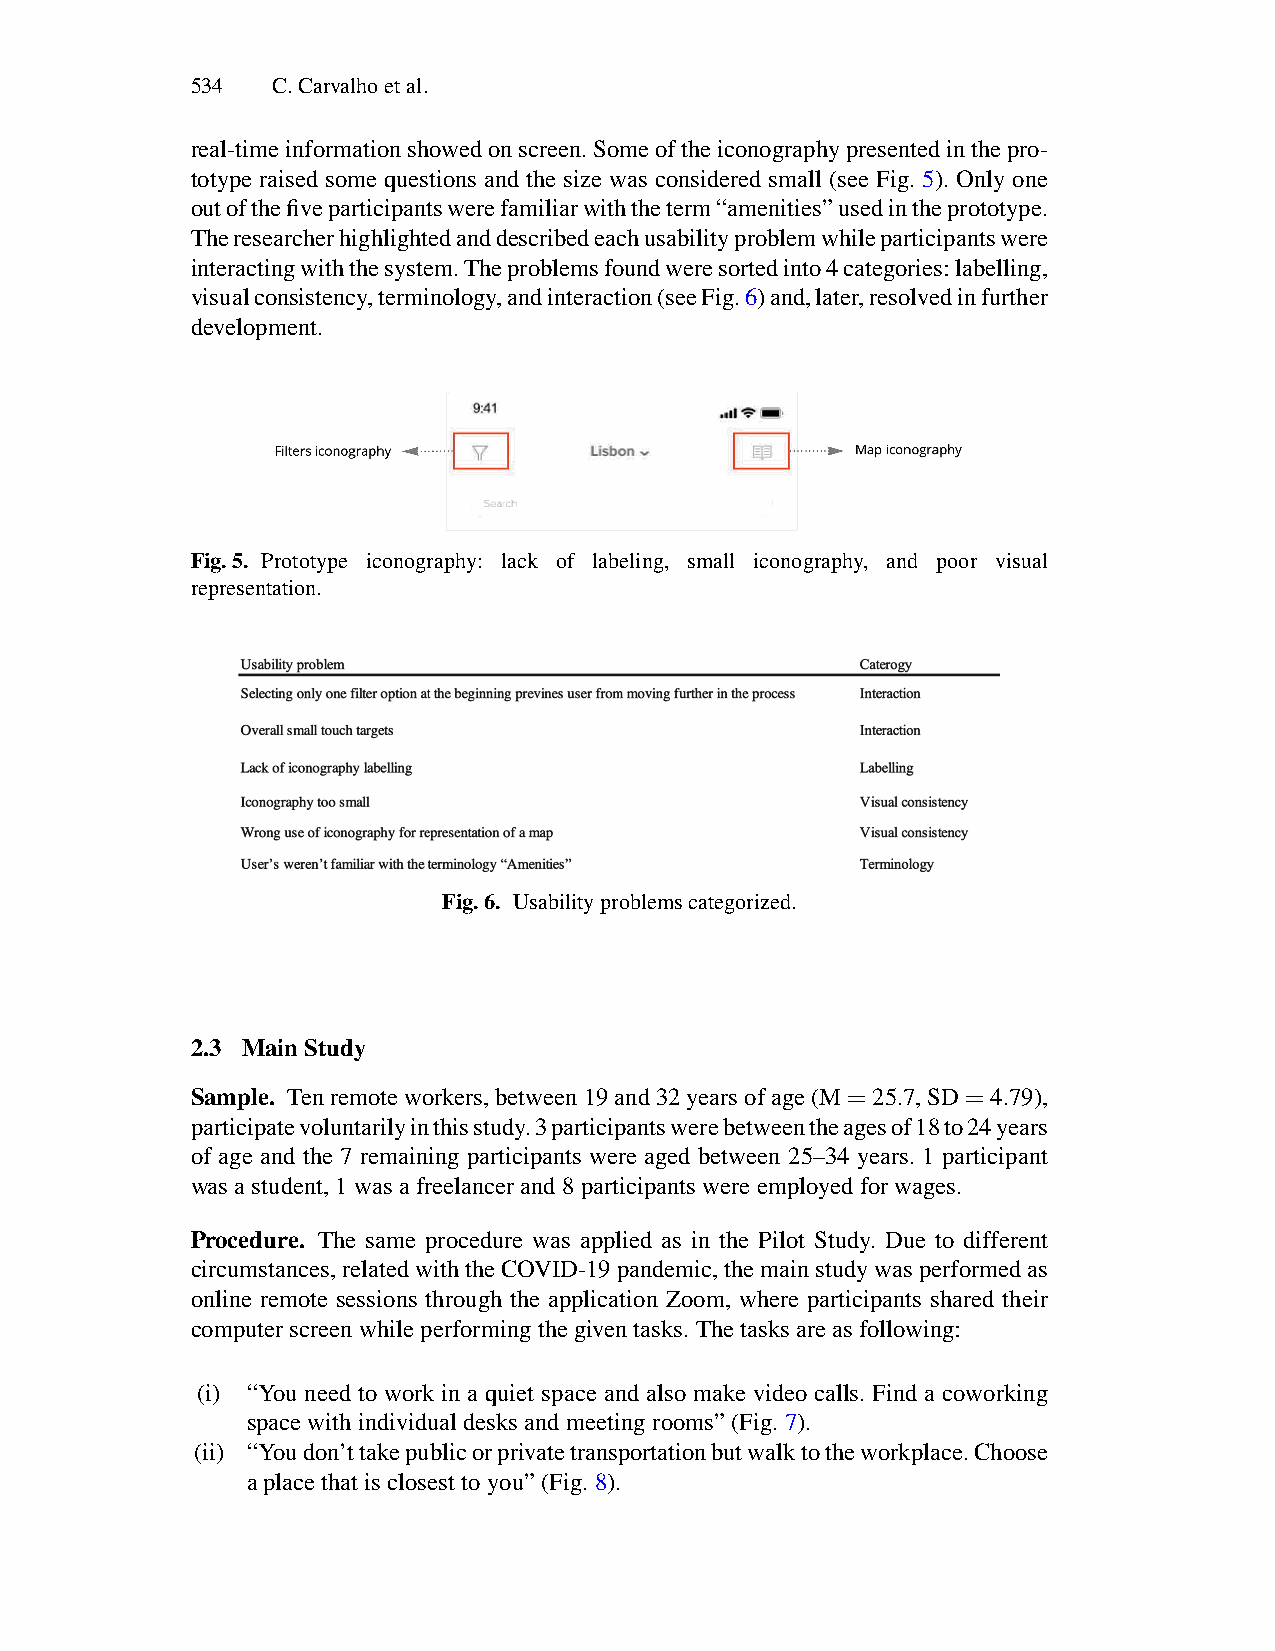
534  C.Carvalhoetal.
 real-timeinformationshowedonscreen.Someoftheiconographypresentedinthepro-
 totype raised some questions and the size was considered small (see Fig. 5). Only one
 outofthefiveparticipantswerefamiliarwiththeterm“amenities”usedintheprototype.
 Theresearcherhighlightedanddescribedeachusabilityproblemwhileparticipantswere
 interactingwiththesystem.Theproblemsfoundweresortedinto4categories:labelling,
 visualconsistency,terminology,andinteraction(seeFig.6)and,later,resolvedinfurther
 development.
 Fig.5. Prototype iconography: lack of labeling, small iconography, and poor visual
 representation.
 Fig.6. Usabilityproblemscategorized.
 2.3 MainStudy
 Sample. Tenremoteworkers,between19and32yearsofage(M=25.7,SD=4.79),
 participatevoluntarilyinthisstudy.3participantswerebetweentheagesof18to24years
 of age and the 7 remaining participants were aged between 25–34 years. 1 participant
 wasastudent,1wasafreelancerand8participantswereemployedforwages.
 Procedure. The same procedure was applied as in the Pilot Study. Due to different
 circumstances,relatedwiththeCOVID-19pandemic,themainstudywasperformedas
 online remote sessions through the application Zoom, where participants shared their
 computerscreenwhileperformingthegiventasks.Thetasksareasfollowing:
 (i) “You need to work in a quiet space and also make video calls. Find a coworking
 spacewithindividualdesksandmeetingrooms”(Fig.7).
 (ii) “Youdon’ttakepublicorprivatetransportationbutwalktotheworkplace.Choose
 aplacethatisclosesttoyou”(Fig.8).